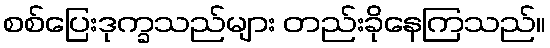
စစ်ပြေးဒုက္ခသည်များ တည်းခိုနေကြသည်။